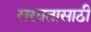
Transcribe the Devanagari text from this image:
सरबतासाठी